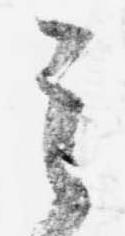
其